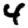
Digit: 4